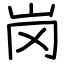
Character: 岗